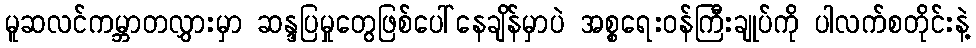
မူဆလင်ကမ္ဘာတလွှားမှာ ဆန္ဒပြမှုတွေဖြစ်ပေါ်နေချိန်မှာပဲ အစ္စရေးဝန်ကြီးချုပ်ကို ပါလက်စတိုင်းနဲ့